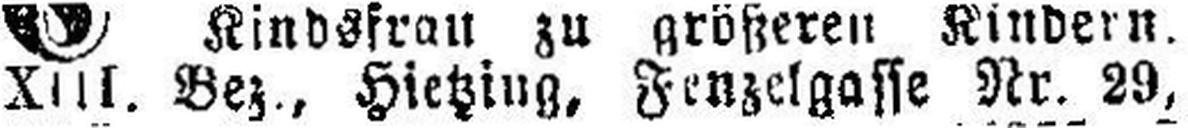
XIII. Bez., Hietzing, Fenzelgasse Nr. 29,